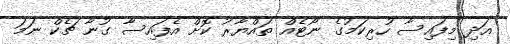
އަދި މިފައިސާ ހުރިކަމުގެ ނޯޓެއް ތައްޔާރު ކޮށް އެފައިސާ ގުނާ ޗެކް ނަމަ